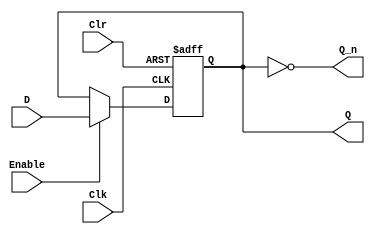
// REGISTER 13 Bits

// Enable activo alto
// Clr activo bajo

module register_13bits(output reg [12:0] Q, output [12:0] Q_n, input [12:0] D, input Clr, Clk, Enable);
	assign Q_n = ~Q;
	initial begin
		Q <= 13'b0000000000000;
	end
	always @ (posedge Clk, negedge Clr)
		 if(!Clr) Q <= 13'b0000000000000;
		 else if(Enable) Q <= D;
endmodule